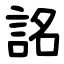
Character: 詺